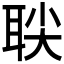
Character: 𬚙